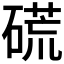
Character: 𥔾